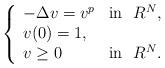
LaTeX: \begin{align*}\left\{\begin{array}{ll}-\Delta v=v^p & \mbox{in}\ \ R^N,\\v(0)=1,\\v\geq 0 & \mbox{in}\ \ R^N.\end{array}\right.\end{align*}